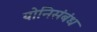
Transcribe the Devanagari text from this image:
योनिसंबंध